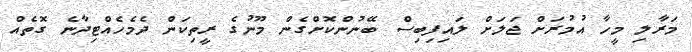
މަރާލި މީހާ އުމުރަށް ޖަލަށް ލައިފިބިސް ބޭނުންކޮށްގެން މޫނުގެ ރީތިކަން ދެމެހެއްޓިދާނެ ގޮތެއް